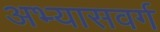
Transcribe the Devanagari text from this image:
अभ्यासवर्ग